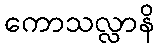
ကောသလ္လာနိ